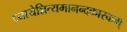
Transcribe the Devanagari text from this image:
ध्यायेन्नित्यमानन्दकारकम्